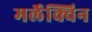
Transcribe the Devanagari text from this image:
मर्लेक्विन